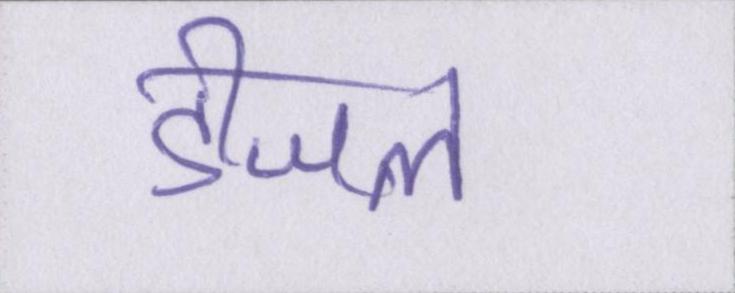
डीजल